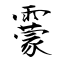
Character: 靀